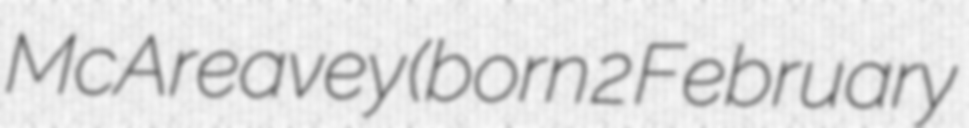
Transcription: McAreavey (born 2 February